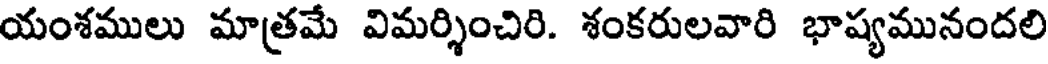
యంశములు మాత్రమే విమర్శించిరి. శంకరులవారి భాష్యమునందలి